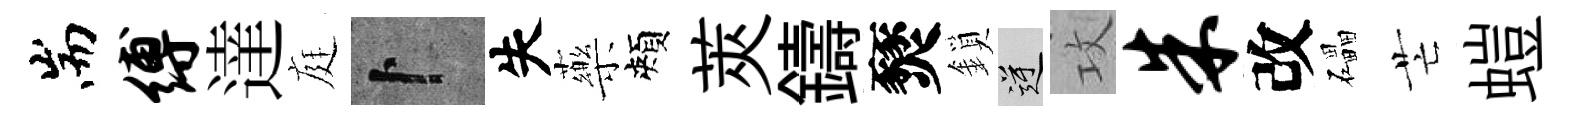
耑缚達庭卜失藥頰莢鑄燹鎖逆攻朱改礧芒螘